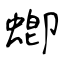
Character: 蝍